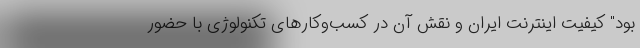
بود" کیفیت اینترنت ایران و نقش آن در کسب‌وکارهای تکنولوژی با حضور